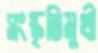
সংস্কৃতিমুখী